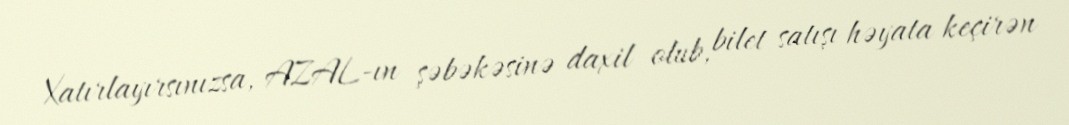
Xatırlayırsınızsa, AZAL-ın şəbəkəsinə daxil olub, bilet satışı həyata keçirən